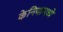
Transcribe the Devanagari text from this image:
केनियामध्ये